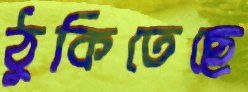
ঠুকিতেছে